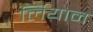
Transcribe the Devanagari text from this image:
लियान